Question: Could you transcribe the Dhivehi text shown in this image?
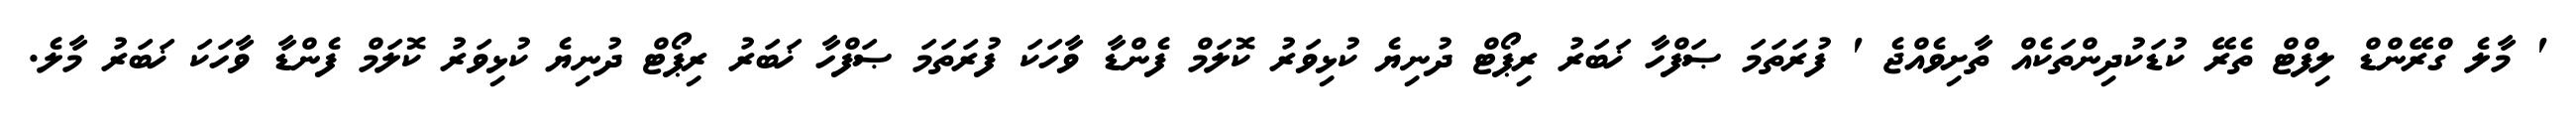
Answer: ' މާލެ ގްރޭންޑް ލިފްޓް ތެރޭ ކުޑަކުދިންތަކެއް ތާށިވެއްޖެ ' ފުރަތަމަ ޞަފްހާ ޚަބަރު ރިޕޯޓް ދުނިޔެ ކުޅިވަރު ކޮލަމް ފެންޑާ ވާހަކަ ފުރަތަމަ ޞަފްހާ ޚަބަރު ރިޕޯޓް ދުނިޔެ ކުޅިވަރު ކޮލަމް ފެންޑާ ވާހަކަ ޚަބަރު މާލެ.